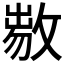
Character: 𢾈